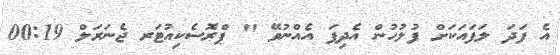
އެ ފަދަ ލަފައަކަށް ފުލުހުން އެދިފަ އެއްނުވޭ " ޕްރޮސެކިއުޓަރ ޖެނަރަލް 00:19